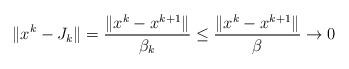
LaTeX: \begin{align*} \|x^k-J_k\|= \frac{\|x^k-x^{k+1}\|}{\beta_k}\le\frac{\|x^k-x^{k+1}\|}{\beta}\to 0\end{align*}